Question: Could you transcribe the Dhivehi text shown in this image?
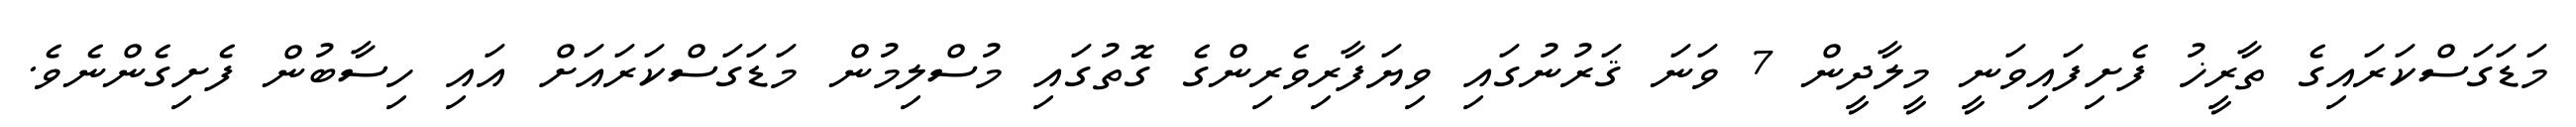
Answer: މަޑަގަސްކަރައިގެ ތާރީޚު ފެށިފައިވަނީ މީލާދީން 7 ވަނަ ޤަރުނުގައި ވިޔަފާރިވެރިންގެ ގޮތުގައި މުސްލިމުން މަޑަގަސްކަރައަށް އައި ހިސާބުން ފެށިގެންނެވެ.